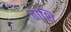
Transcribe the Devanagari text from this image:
ताशि